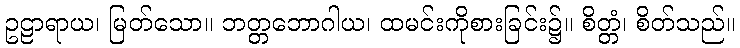
ဥဠာရာယ၊ မြတ်သော။ ဘတ္တဘောဂါယ၊ ထမင်းကိုစားခြင်း၌။ စိတ္တံ၊ စိတ်သည်။